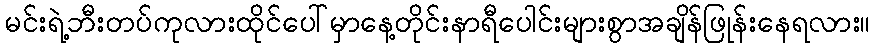
မင်းရဲ့ဘီးတပ်ကုလားထိုင်ပေါ်မှာနေ့တိုင်းနာရီပေါင်းများစွာအချိန်ဖြုန်းနေရလား။